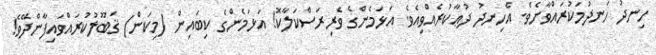
ހިނދު ހަނދުމަކުރައްވާށެވެ. އެހިނދު ދުޢާކުރެއްވިއެވެ. އަޅަމެންގެ ވެރިރަސްކަލާކޮ! އަޅަމެންގެ ކިބައިން (މިކަން) ޤަބޫލުކުރައްވައިފާންދޭވެ!